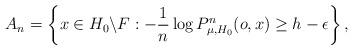
LaTeX: \begin{align*}A_{n}=\left\{ x\in H_{0}\backslash F:-\frac{1}{n}\log P_{\mu,H_{0}}^{n}(o,x)\ge h-\epsilon\right\} ,\end{align*}